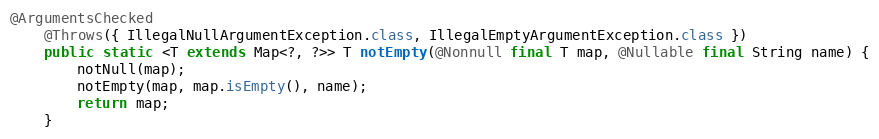
Language: Java
@ArgumentsChecked
	@Throws({ IllegalNullArgumentException.class, IllegalEmptyArgumentException.class })
	public static <T extends Map<?, ?>> T notEmpty(@Nonnull final T map, @Nullable final String name) {
		notNull(map);
		notEmpty(map, map.isEmpty(), name);
		return map;
	}